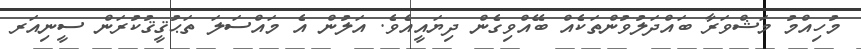
މުހިއްމު މަޝްވަރާ ބައްދަލުވުންތަކެއް ބޭއްވިގެން ދިޔައީއެވެ. އަލުން އެ މައްސަލަ ތަޙުޤީޤުކުރަން ސީނިއަރ